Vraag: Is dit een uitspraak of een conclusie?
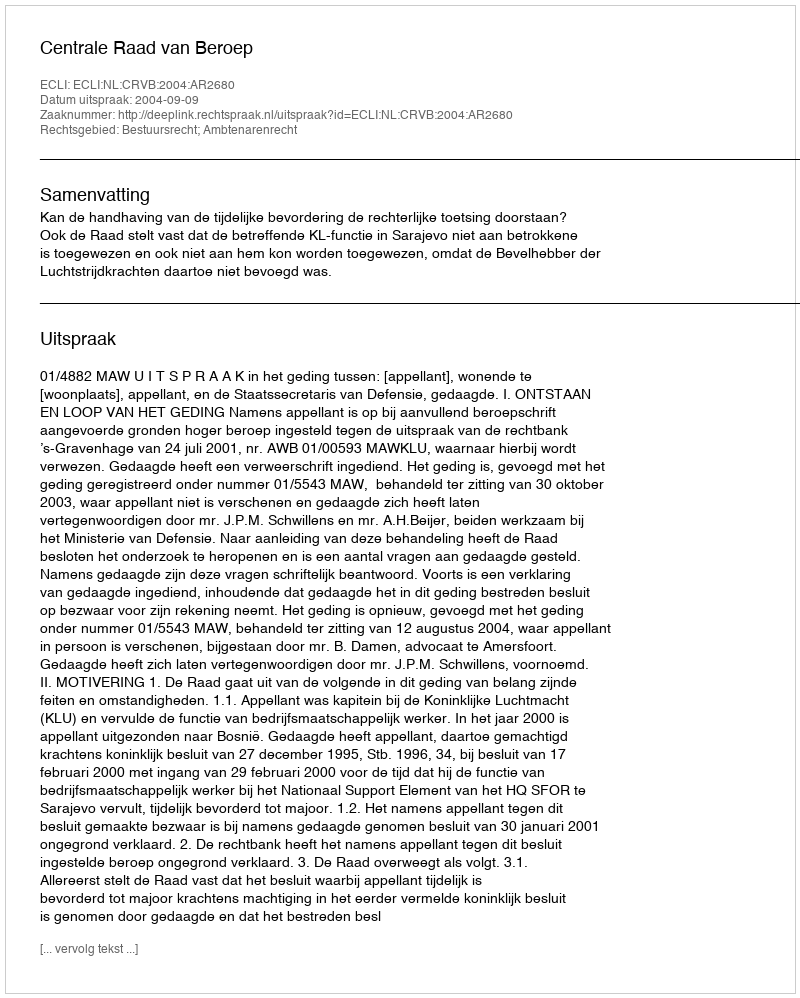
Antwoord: Uitspraak